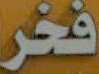
فخر